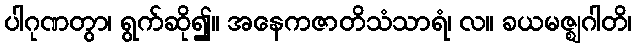
ပါဂုဏတွာ၊ ရွက်ဆို၍။ အနေကဇာတိသံသာရံ၊ လ။ ခယမဇ္ဈဂါတိ၊